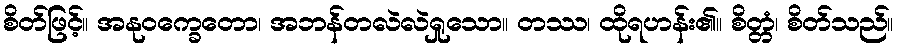
စိတ်ဖြင့်။ အနုဝက္ခေတော၊ အဘန်တလဲလဲရှုသော။ တဿ၊ ထိုရဟန်း၏။ စိတ္တံ၊ စိတ်သည်။